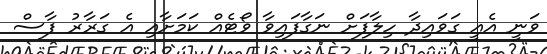
ވަނީ އެއީ ގަވައިދާ ހިލާފަށް ނަގާފައިވާ ވޯޓެއް ކަމަށާއި އެ ގަރާރު ފާސް